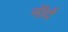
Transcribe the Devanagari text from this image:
नॉर्द